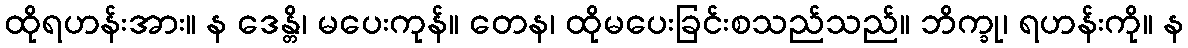
ထိုရဟန်းအား။ န ဒေန္တိ၊ မပေးကုန်။ တေန၊ ထိုမပေးခြင်းစသည်သည်။ ဘိက္ခု၊ ရဟန်းကို။ န